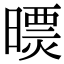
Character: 𣊠